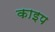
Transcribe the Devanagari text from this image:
काइप